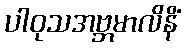
ပါဝုသအဗ္ဘမာလိနိံ